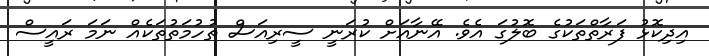
އިދިކޮޅު ފަރާތްތަކުގެ ބޮލުގަ އެވެ. އޭނާއަށް ކުރަނީ ސީރިއަސް ތުހުމަތުތަކެއް ނަމަ ރައީސް